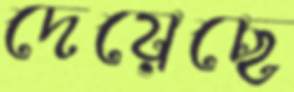
দেয়েছে